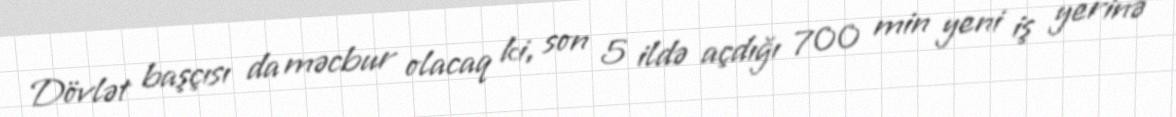
Dövlət başçısı da məcbur olacaq ki, son 5 ildə açdığı 700 min yeni iş yerinə